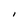
Character: I